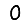
Digit: 0